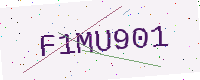
Text: F1MU901